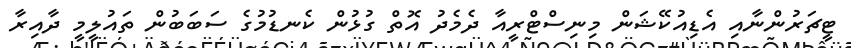
ޓީޗަރުންނާއި އެޑިއުކޭޝަން މިނިސްޓްރީއާ ދެމެދު އޮތް ގުޅުން ކެނޑުމުގެ ސަބަބުން ތައުލީމީ ދާއިރާ